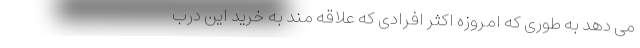
می دهد به طوری که امروزه اکثر افرادی که علاقه مند به خرید این درب